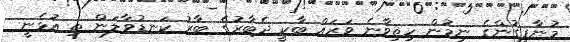
މުނާފިގުންގެ ނިމުން ހިތިވާނެ ވަރައް ބާކީ ދެބާރުގެ ބާރު ކަނޑުވާލަން ތި އުޅެނީ